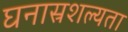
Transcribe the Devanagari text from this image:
घनास्रशल्यता